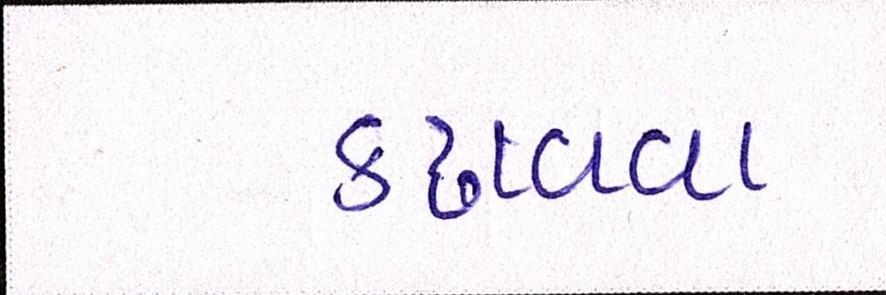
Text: કઢાવવા